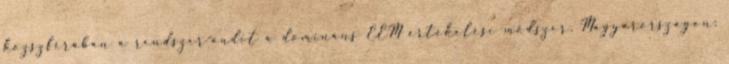
közszférában a rendszer-audit a domináns EEM értékelési módszer. Magyarországon: